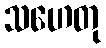
သဟေတု